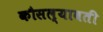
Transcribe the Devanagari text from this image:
कौसल्यावती